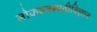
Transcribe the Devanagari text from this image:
लोकवनस्पतीविज्ञान